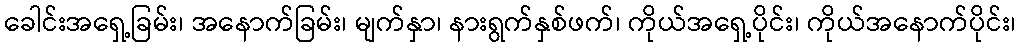
ခေါင်းအရှေ့ခြမ်း၊ အနောက်ခြမ်း၊ မျက်နှာ၊ နားရွက်နှစ်ဖက်၊ ကိုယ်အရှေ့ပိုင်း၊ ကိုယ်အနောက်ပိုင်း၊